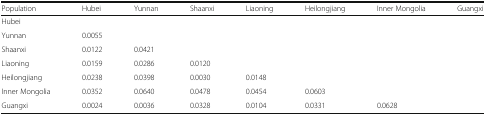
| Population | Hubei | Yunnan | Shaanxi | Liaoning | Heilongjiang | Inner Mongolia | Guangxi |
 | --- | --- | --- | --- | --- | --- | --- | --- |
 | Hubei |  |  |  |  |  |  |  |
 | Yunnan | 0.0055 |  |  |  |  |  |  |
 | Shaanxi | 0.0122 | 0.0421 |  |  |  |  |  |
 | Liaoning | 0.0159 | 0.0286 | 0.0120 |  |  |  |  |
 | Heilongjiang | 0.0238 | 0.0398 | 0.0030 | 0.0148 |  |  |  |
 | Inner Mongolia | 0.0352 | 0.0640 | 0.0478 | 0.0454 | 0.0603 |  |  |
 | Guangxi | 0.0024 | 0.0036 | 0.0328 | 0.0104 | 0.0331 | 0.0628 |  |